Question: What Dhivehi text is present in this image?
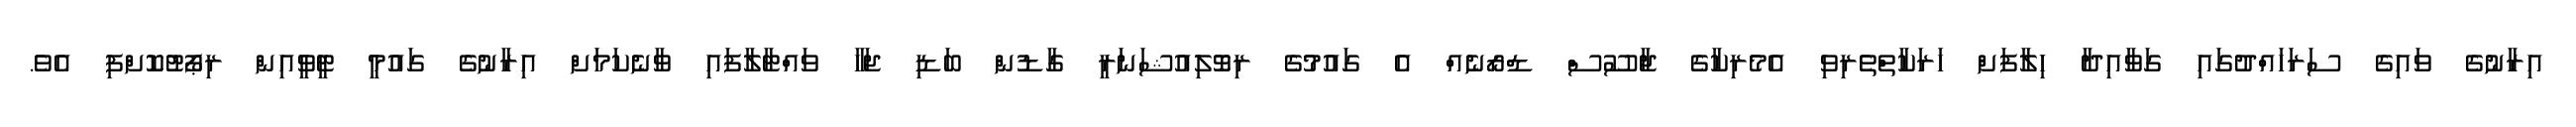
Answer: އިރާނުގެ ވައިގެ ސަރަހައްދުގައި ގަވާއިދާ ހިލާފަށް ހަރަކާތްތެރިވި އެމެރިކާގެ ޖާސޫސް ޑްރޯނެއް އެ ގައުމުގެ ރިވޮލިއުޝަނަރީ ގާޑުން ބަޑި ޖަހާ ވައްޓާލާފައި ވާނެކަމަށް އިރާނުގެ ގައުމީ ޓީވީއިން ރިޕޯޓުކޮށްފި އެވެ.